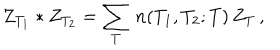
Z _ { T _ { 1 } } * Z _ { T _ { 2 } } = \sum _ { T } \, n ( T _ { 1 } , T _ { 2 } ; T ) \, Z _ { T } \, ,